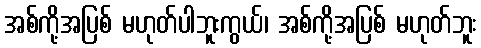
အစ်ကို့အပြစ် မဟုတ်ပါဘူးကွယ်၊ အစ်ကို့အပြစ် မဟုတ်ဘူး